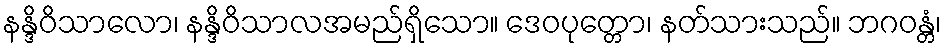
နန္ဒိဝိသာလော၊ နန္ဒိဝိသာလအမည်ရှိသော။ ဒေဝပုတ္တော၊ နတ်သားသည်။ ဘဂဝန္တံ၊